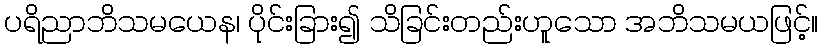
ပရိညာဘိသမယေန၊ ပိုင်းခြား၍ သိခြင်းတည်းဟူသော အဘိသမယဖြင့်။